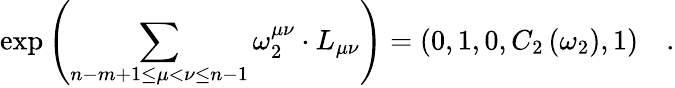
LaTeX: \exp\left(\sum_{n-m+1\le\mu<\nu\le n-1}\omega_{2}^{\mu\nu}\cdot L_{\mu\nu}\right)=\left(0,1,0,C_{2}\left(\omega_{2}\right),1\right)\quad.